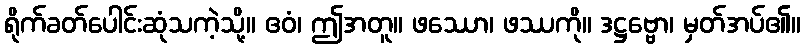
ရိုက်ခတ်ပေါင်းဆုံသကဲ့သို့။ ဧဝံ၊ ဤအတူ။ ဖဿော၊ ဖဿကို။ ဒဋ္ဌဗ္ဗော၊ မှတ်အပ်၏။